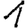
Digit: 1